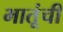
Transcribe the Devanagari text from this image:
भातूंची